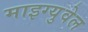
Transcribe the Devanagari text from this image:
माइग्युवेल